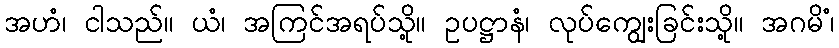
အဟံ၊ ငါသည်။ ယံ၊ အကြင်အရပ်သို့။ ဥပဋ္ဌာနံ၊ လုပ်ကျွေးခြင်းသို့။ အဂမိံ၊